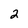
Character: 2